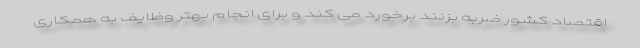
اقتصاد کشور ضربه بزنند برخورد می کند و برای انجام بهتر وظایف به همکاری